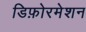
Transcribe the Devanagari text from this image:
डिफ़ोरमेशन